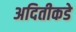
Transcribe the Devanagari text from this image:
अदितीकडे